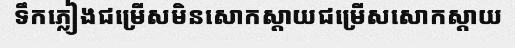
ទឹកភ្លៀងជម្រើសមិនសោកស្តាយជម្រើសសោកស្តាយ